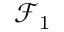
{ \mathcal { F } } _ { 1 }